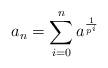
LaTeX: \begin{align*}a_n=\sum_{i=0}^n a^{\frac{1}{p^i}}\end{align*}